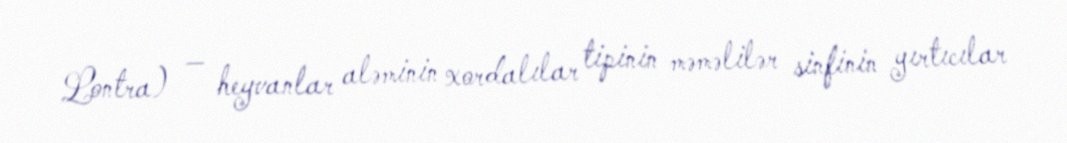
Lontra) — heyvanlar aləminin xordalılar tipinin məməlilər sinfinin yırtıcılar